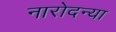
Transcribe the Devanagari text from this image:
नारोदन्या